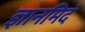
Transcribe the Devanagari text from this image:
ज्ञानमिदं